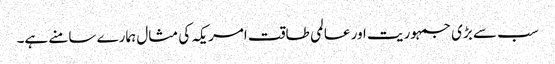
سب سے بڑی جمہوریت اور عالمی طاقت امریکہ کی مثال ہمارے سامنے ہے۔